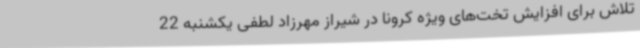
تلاش برای افزایش تخت‌های ویژه کرونا در شیراز مهرزاد لطفی یکشنبه 22